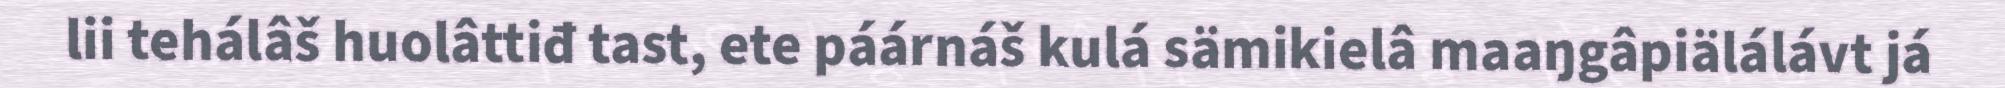
lii tehálâš huolâttiđ tast, ete páárnáš kulá sämikielâ maaŋgâpiälálávt já